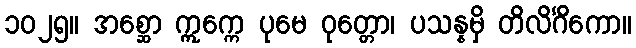
၁၀၂၅။ အစ္ဆော ဣက္ကေ ပုမေ ဝုတ္တော၊ ပသန္နမှိ တိလိင်္ဂိကော။